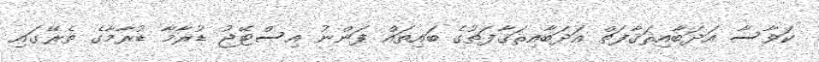
ކަވާސާ އަދަބާއިޘަޤާފަތް އަދަބާއިޘަޤާފަތުގެ ބައިތައް ފަންނު އިސްޓޭޖު ޑުރާމާ ޑުރާމާގެ ތެރޭގައި